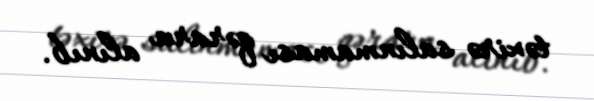
təxirə salınmaması qərara alınıb.